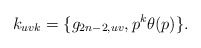
\begin{align*}k_{uvk}=\{g_{2n-2,uv},p^{k}\theta (p)\} . \end{align*}